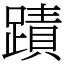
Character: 蹟